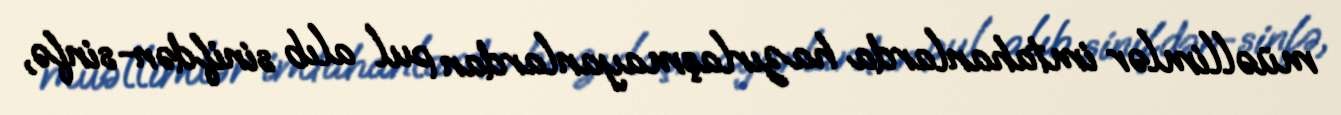
müəllimlər imtahanlarda hazırlaşmayanlardan pul alıb sinifdən-sinfə,